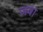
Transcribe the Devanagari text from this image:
जवा